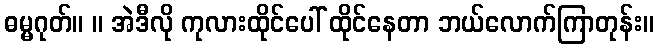
ဓမ္မဂုတ်။ ။ အဲဒီလို ကုလားထိုင်ပေါ် ထိုင်နေတာ ဘယ်လောက်ကြာတုန်း။